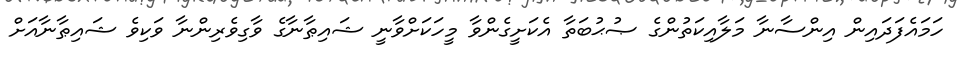
ހަމައެފަދައިން އިންސާނާ މަލާއިކަތުންގެ ޞުޙުބަތާ އެކަށީގެންވާ މީހަކަށްވާނީ ޝައިޠާނާގެ ވާގިވެރިންނާ ވަކިވެ ޝައިޠާނާއަށް